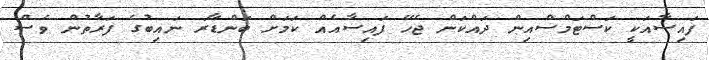
ފައިސާއަކީ ކަސްޓަމްސްއިން ދައްކަން ޖެހޭ ފައިސާއެއް ކަމަށް ބަންޑާރަ ނައިބުގެ ފަރާތުން ވެސް